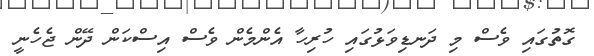
ގޮތުގައި ވެސް މި ދަނޑިވަޅުގައި ހުރިހާ އެންމެން ވެސް އިސްކަން ދޭން ޖެހެނީ